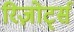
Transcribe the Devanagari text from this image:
रिज़ोर्ट्स